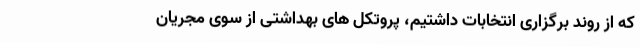
که از روند برگزاری انتخابات داشتیم، پروتکل های بهداشتی از سوی مجریان